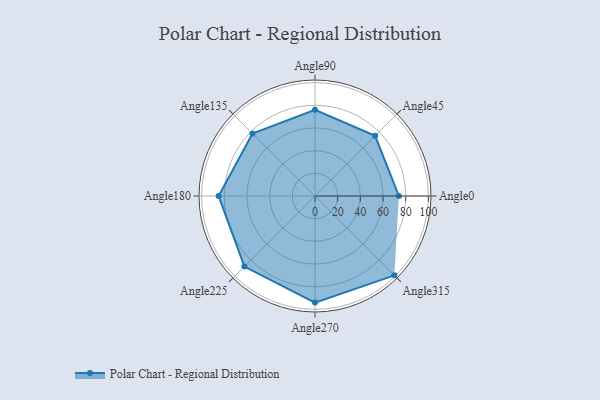
{"axis": {"x": "Angle", "y": "Radius"}, "legend": [""], "data": [{"x": "Angle0", "y": 74.0, "type": ""}, {"x": "Angle45", "y": 75.0, "type": ""}, {"x": "Angle90", "y": 76.0, "type": ""}, {"x": "Angle135", "y": 78.0, "type": ""}, {"x": "Angle180", "y": 85.0, "type": ""}, {"x": "Angle225", "y": 88.0, "type": ""}, {"x": "Angle270", "y": 94.0, "type": ""}, {"x": "Angle315", "y": 99.0, "type": ""}]}